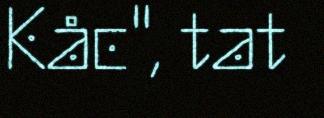
Kåc", tat